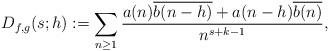
LaTeX: \begin{align*} D_{f,g}(s;h) := \sum_{n \geq 1}\frac{a(n)\overline{b(n-h)}+a(n-h)\overline{b(n)}}{n^{s+k-1}},\end{align*}